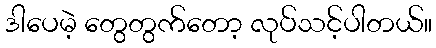
ဒါပေမဲ့ တွေတွက်တော့ လုပ်သင့်ပါတယ်။